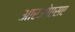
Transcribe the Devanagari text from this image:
आरओएसए